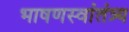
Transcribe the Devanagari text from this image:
भाषणस्वांतंत्र्य